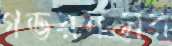
গভরনর্সের